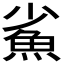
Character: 𩵮